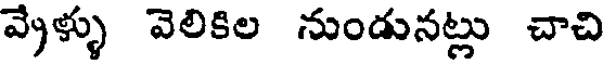
వ్రేళ్ళు వెలికిల నుండునట్లు చాచి